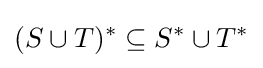
(S\cup T)^{*}\subseteq S^{*}\cup T^{*}